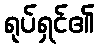
ရုပ်ရှင်၏